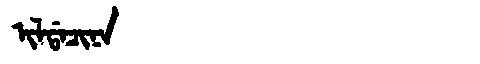
Manchu: ᡳᠯᡩᠠᠴᡳᠨᠠ
Romanization: ILDACINA